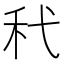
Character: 䄩